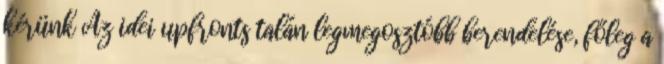
kérünk Az idei upfronts talán legmegosztóbb berendelése, főleg a